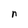
Character: n